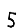
Digit: 5